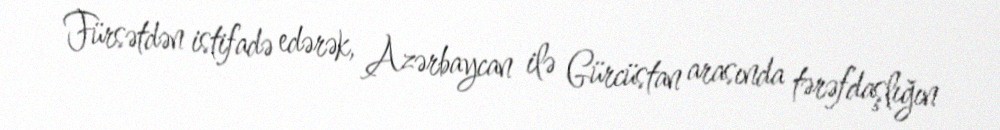
Fürsətdən istifadə edərək, Azərbaycan ilə Gürcüstan arasında tərəfdaşlığın